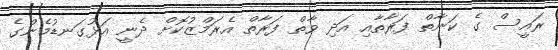
ރައީސް ގެ ކަނާތް ފަރާތާއި އަދި ވާތް ފަރާތް އެރަމްޒުކޮށް ދެނީ އަޅުގަނޑުމެންގެ